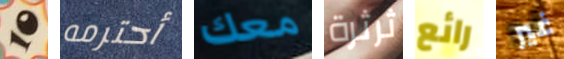
10 أحترمه معك ثرثرة رائع غير